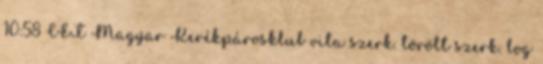
10:58 CET Magyar Kerékpárosklub vita szerk. törölt szerk. log